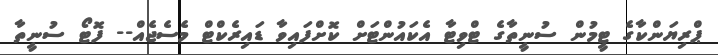
ޕްރިޔަންކާގެ ޓީމުން ސުނީތާގެ ޓްވިޓާ އެކައުންޓަށް ކޮށްފައިވާ ޑައިރެކްޓް މެސެޖެއް-- ފޮޓޯ ސުނީތާ